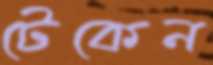
টেকেন